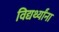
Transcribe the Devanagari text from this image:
विद्यर्थ्यांना